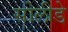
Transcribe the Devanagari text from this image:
सोलीडे